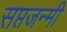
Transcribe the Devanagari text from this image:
सप्तजन्मी